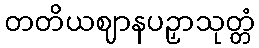
တတိယဈာနပဉှာသုတ္တံ